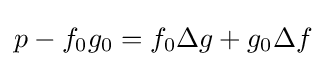
p-f_{0}g_{0}=f_{0}\Delta g+g_{0}\Delta f